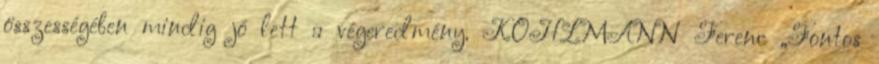
összességében mindig jó lett a végeredmény. KOHLMANN Ferenc „Fontos